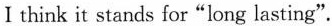
Ⅰ think it stands for"long lasting".